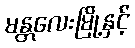
မန္တလေးမြို့နှင့်